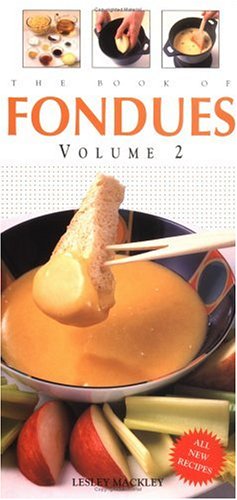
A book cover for The Book of Fondues volume 2; Lesley Mackley; Cookbooks, Food & Wine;